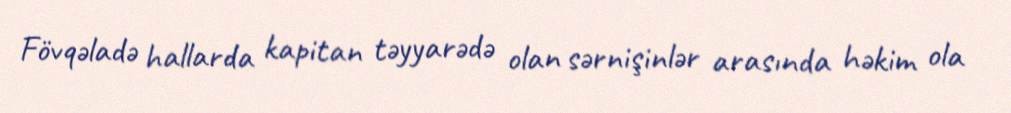
Fövqəladə hallarda kapitan təyyarədə olan sərnişinlər arasında həkim ola